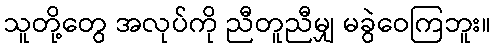
သူတို့တွေ အလုပ်ကို ညီတူညီမျှ မခွဲဝေကြဘူး။